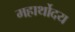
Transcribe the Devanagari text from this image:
महार्थोदय